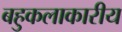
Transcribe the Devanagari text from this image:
बहुकलाकारीय